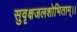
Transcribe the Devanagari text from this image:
सुवृक्षजलशोभिताम्।।